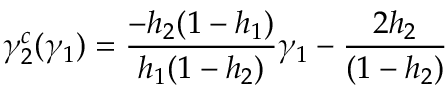
\gamma _ { 2 } ^ { c } ( \gamma _ { 1 } ) = \frac { - h _ { 2 } ( 1 - h _ { 1 } ) } { h _ { 1 } ( 1 - h _ { 2 } ) } \gamma _ { 1 } - \frac { 2 h _ { 2 } } { ( 1 - h _ { 2 } ) }